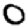
Digit: 0